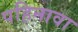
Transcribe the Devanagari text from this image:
पहिनावा